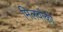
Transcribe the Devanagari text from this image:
मिलवौकी